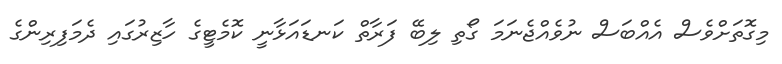
މިގޮތަށްވެސް އެއްބަސް ނުވެއްޖެނަމަ ގޯތި ލިބޭ ފަރާތް ކަނޑައަޅާނީ ކޮމެޓީގެ ހާޒިރުގައި ދެމަފިރިންގެ